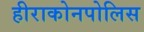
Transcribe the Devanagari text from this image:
हीराकोनपोलिस